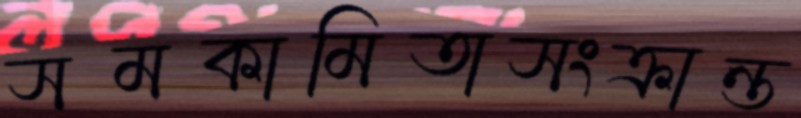
সমকামিতাসংক্রান্ত